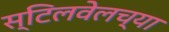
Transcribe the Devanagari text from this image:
स्टिलवेलच्या